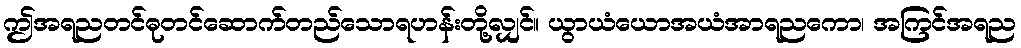
ဤအရညတင်ဓုတင်ဆောက်တည်သောရဟန်းတို့လျှင်။ ယွာယံယောအယံအာရညကော၊ အကြင်အရည